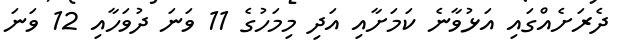
ދެރަށެއްގައި އަޅުވާނެ ކަމަށާއި އަދިި މިމަހުގެ 11 ވަނަ ދުވަހާއި 12 ވަނަ